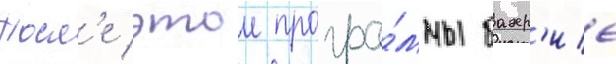
Посл'е этои програ́ммы бахр'ие